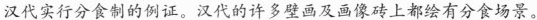
汉代实行分食制的例证。汉代的许多壁画及画像砖上都绘有分食场景。